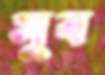
সুব